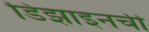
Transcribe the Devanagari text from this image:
डिझाइनची